Annual administration report of the Civil Veterinary Department, Ajmere-Merwara, British Rajputana - 1914-1940
Year: 1914
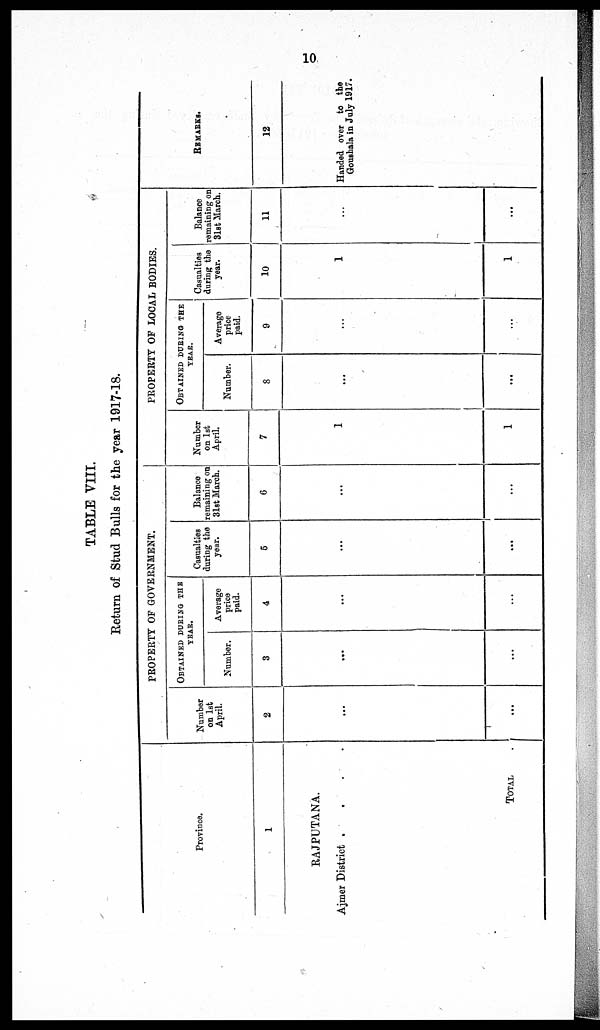
10
TABLE VIII.
Return of Stud Bulls for the year 1917-18.
Province.
1
RAJPUTANA.
Ajmer District . . . .
TOTAL .
PROPERTY OF GOVERNMENT.
Number
on 1st
April.
2
...
...
OBTAINED DURING THE
YEAR.
Number.
3
...
...
Average
price
paid.
4
...
...
Casualties
during the
year.
5
...
...
Balance
remaining on
31st March.
6
...
...
PROPERTY OF LOCAL BODIES.
Number
on 1st
April.
7
1
1
OBTAINED DURING THE
YEAR.
Number.
8
...
...
Average
price
paid.
9
...
...
Casualties
during the
year.
10
1
1
Balance
remaining on
31st March.
11
...
...
REMARKS.
12
Handed over to the
Goushala in July 1917.